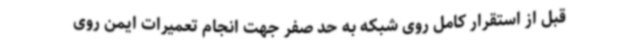
قبل از استقرار کامل روی شبکه به حد صفر جهت انجام تعمیرات ایمن روی